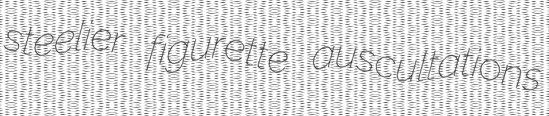
steelier figurette auscultations